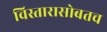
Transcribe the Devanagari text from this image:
विस्तारासोबतच